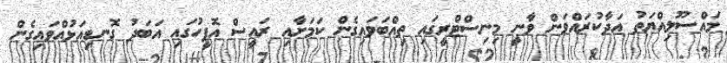
މައްސޫލިއްޔަތު އަދާކުރައްވަން ވާނީ މިނިސްޓްރީގައި ތިއްބަވައިގެން ކަމަށާއި ރައީސް އޮފީހުގައި އަބަދު ގޮނޑިއަޅުއްވައިގެން